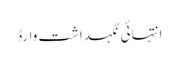
انتہائی نگہداشت وارڈ